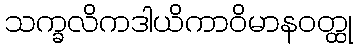
သက္ခလိကဒါယိကာဝိမာနဝတ္ထု